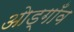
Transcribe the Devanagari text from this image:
ओड्गाँव